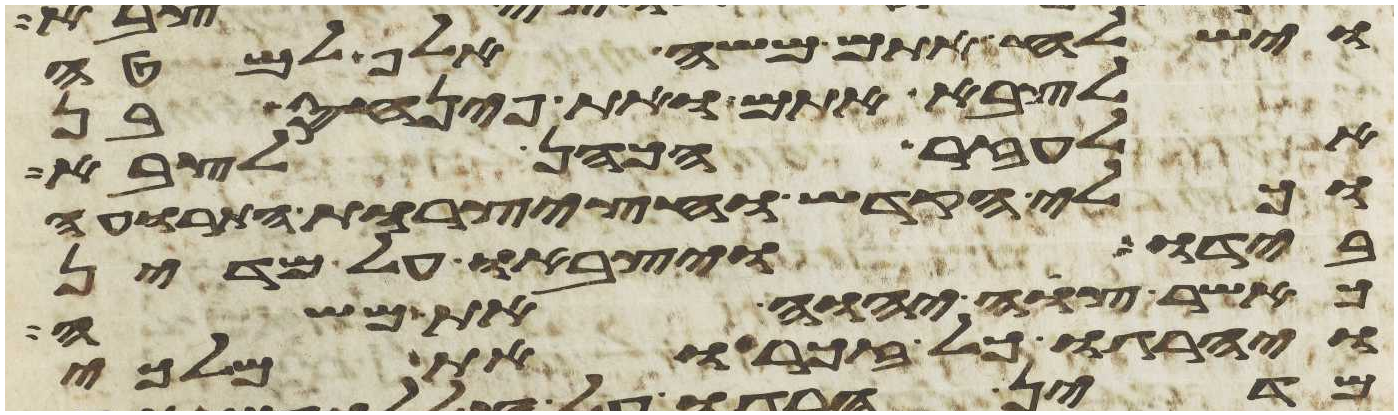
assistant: וישלח אתם משה אלף למטה
לצבא אתם ואת פינחס בן
אלעזר הכהן לצבא
וכלי הקדש וחצצרות התרועה
בידו ויצבאו על מדין
כאשר צוה יהוה את משה
ויהרגו כל זכר ואת מלכי